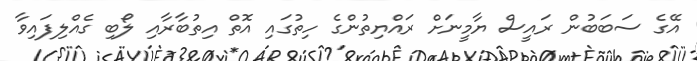
އޭގެ ސަބަބުން ރައީސް ޔާމީނަށް ރައްޔިތުންގެ ހިތުގައި އޮތް އިތުބާރާއި ލޯބި ގެއްލިފައިވާ